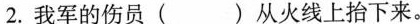
2.我军的伤员( )从火线上抬下来。